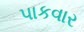
પાકવાર